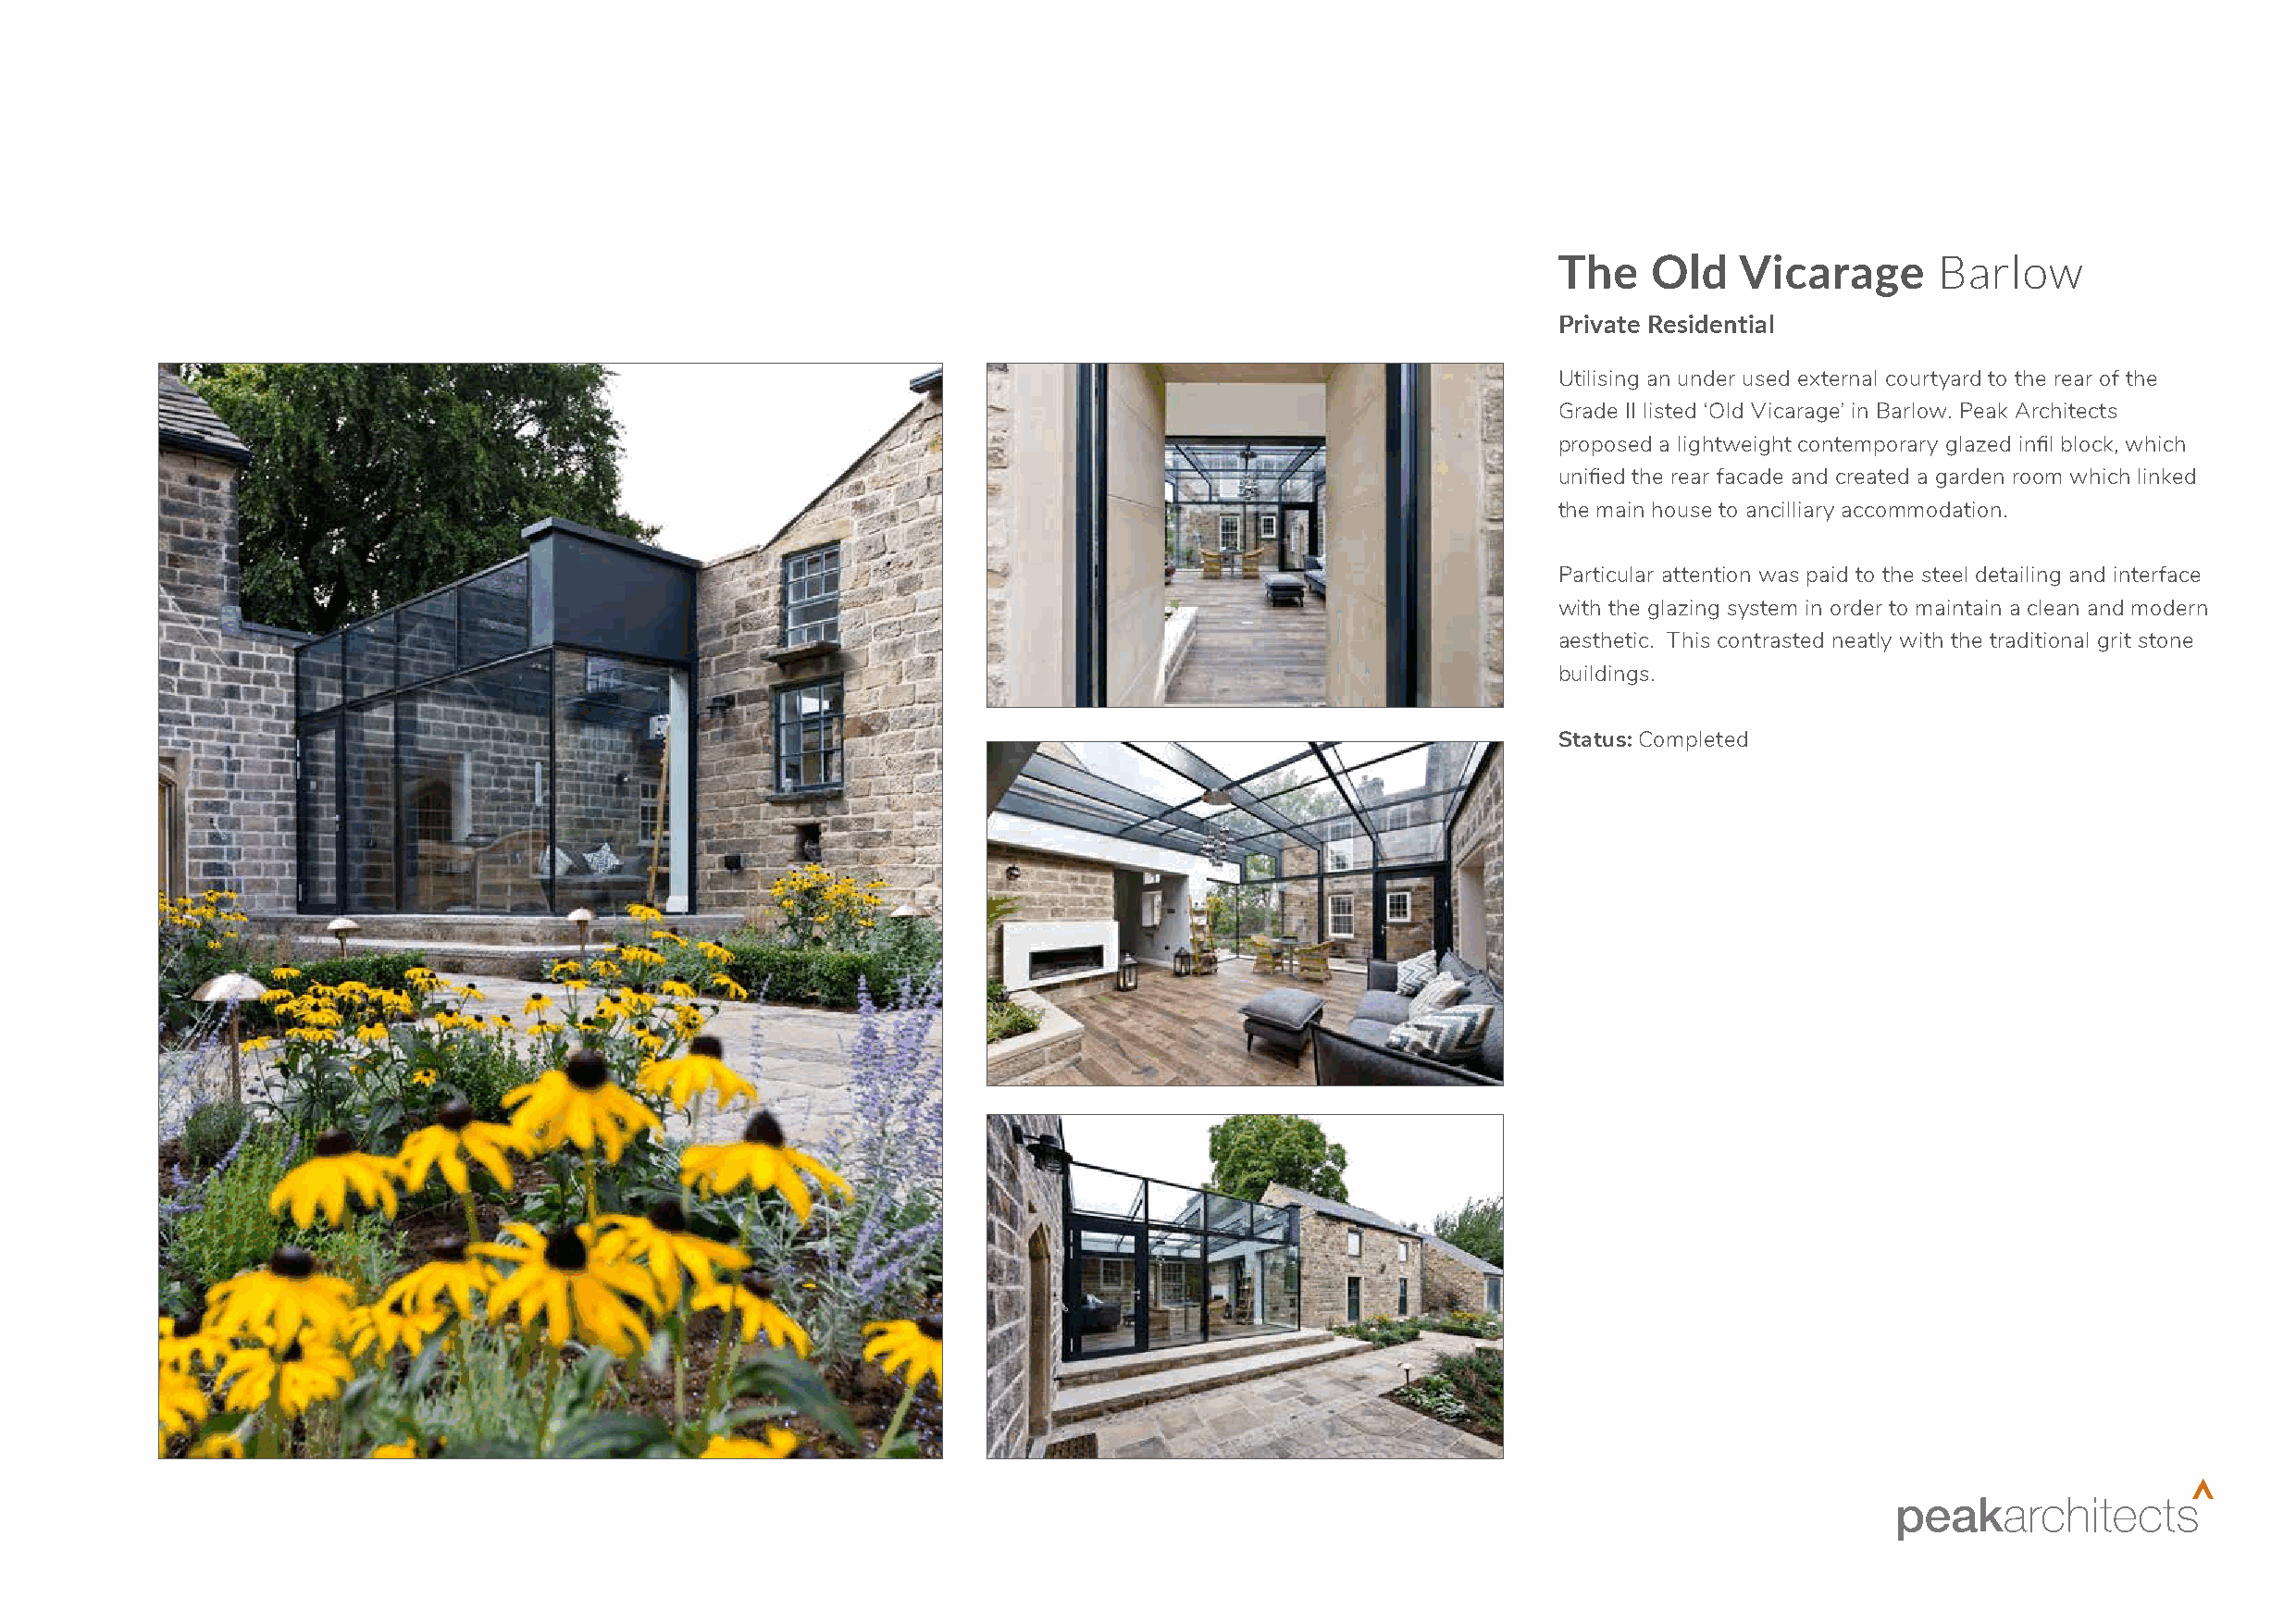
The    Old   Vicarage       Barlow
 Private Residential
 Utilising an under used external courtyard to the rear of the
 Grade II listed ‘Old Vicarage’ in Barlow. Peak Architects
 proposed a lightweight contemporary glazed infil block, which
 unified the rear facade and created a garden room which linked
 the main house to ancilliary accommodation.
 Particular attention was paid to the steel detailing and interface
 with the glazing system in order to maintain a clean and modern
 aesthetic. This contrasted neatly with the traditional grit stone
 buildings.
 Status: Completed